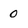
Character: 0